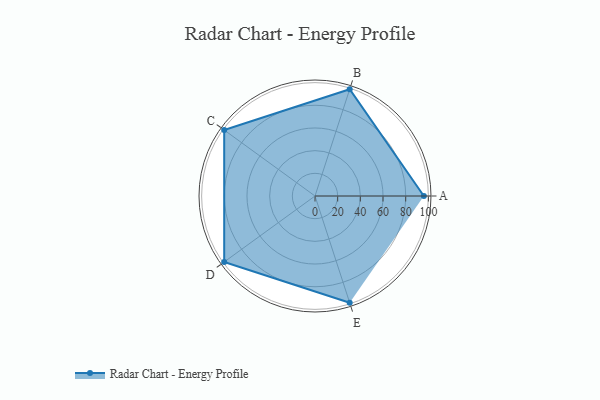
{"axis": {"x": "Skill", "y": "Score"}, "legend": ["Profile"], "data": [{"x": "A", "y": 96.0, "type": "Profile"}, {"x": "B", "y": 99, "type": "Profile"}, {"x": "C", "y": 99, "type": "Profile"}, {"x": "D", "y": 99, "type": "Profile"}, {"x": "E", "y": 99, "type": "Profile"}]}